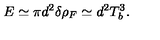
E \simeq \pi d ^ { 2 } \delta \rho _ { F } \simeq d ^ { 2 } T _ { b } ^ { 3 } .